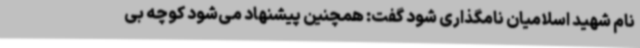
نام شهید اسلامیان نامگذاری شود گفت: همچنین پیشنهاد می‌شود کوچه بی